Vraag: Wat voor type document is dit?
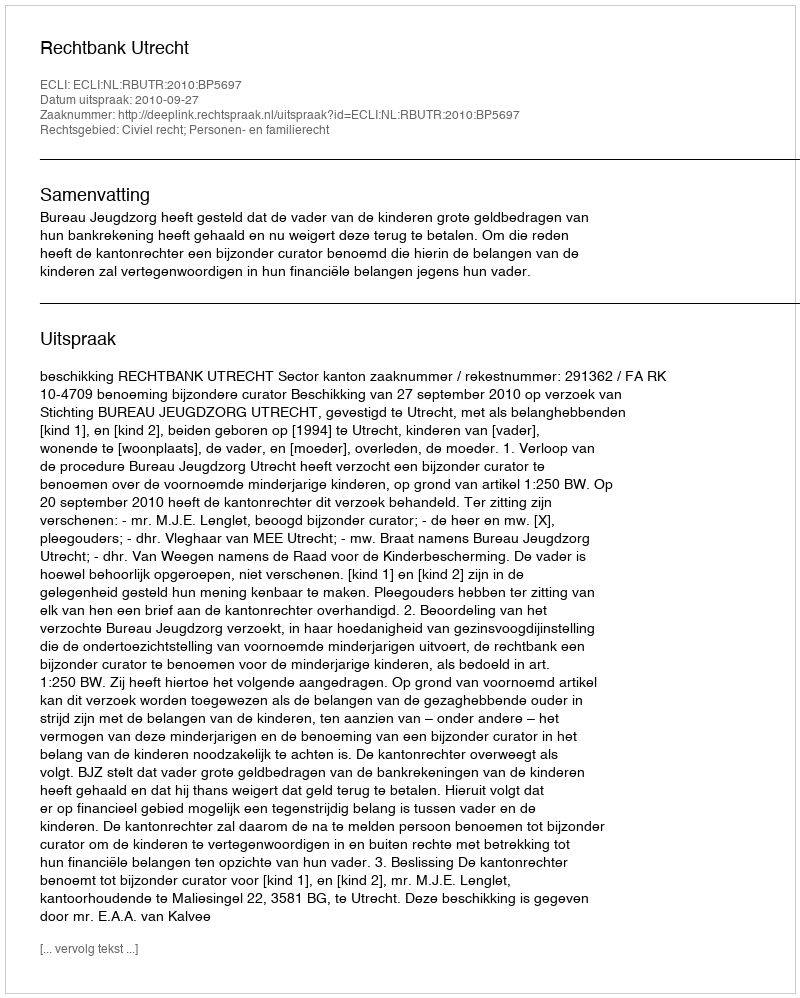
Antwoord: Uitspraak